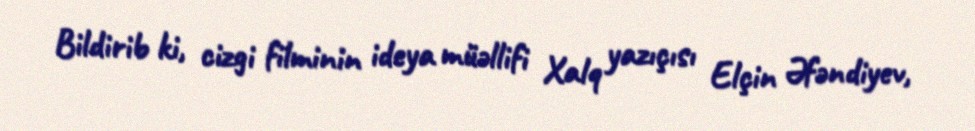
Bildirib ki, cizgi filminin ideya müəllifi Xalq yazıçısı Elçin Əfəndiyev,